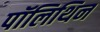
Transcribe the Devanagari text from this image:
पॉलिथिन